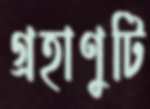
গ্রহাণুটি